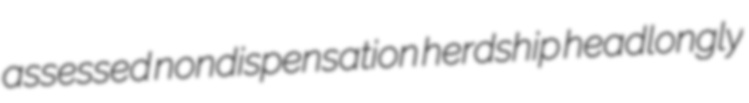
assessed nondispensation herdship headlongly